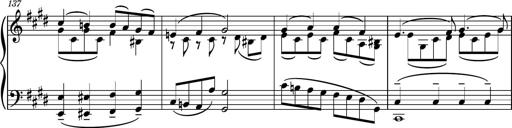
Title: Piano Sonatina No.6
Composer: Dimitri Sykias
Key: A major